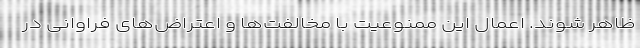
ظاهر شوند. اعمال این ممنوعیت با مخالفت‌ها و اعتراض‌های فراوانی در